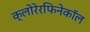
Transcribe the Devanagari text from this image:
क्लोरेरफिनेकॉल